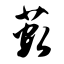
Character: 薮